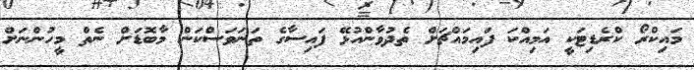
މައިކްރޯ ކްރެޑިޓަކީ އަމިއްކަ ފައިމައްޗަށް ތެދުވާންއުޅޭ ފައިސާގެ ތަނަވަސްކަން މާބޮޑަށް ނެތް މީހުންނަށް